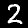
Digit: 2